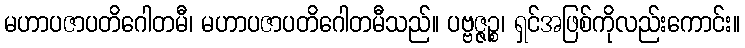
မဟာပဇာပတိဂေါတမီ၊ မဟာပဇာပတိဂေါတမီသည်။ ပဗ္ဗဇ္ဇဉ္စ၊ ရှင်အဖြစ်ကိုလည်းကောင်း။